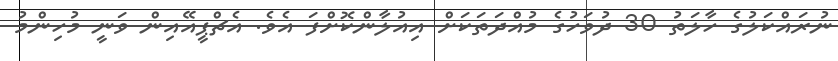
ނުރައްކަލުގެ ހާލަތު 30 ދުވަހުގެ މުއްދަތަކަށް އިއުލާންކޮށްފަ އެވެ. އެޗްޕީއޭއިން ވަނީ މުހިންމު